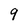
Character: 9